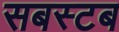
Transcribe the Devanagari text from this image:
सबस्टब